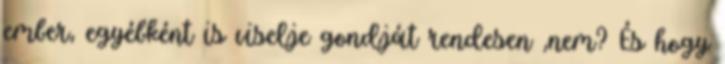
ember, egyébként is viselje gondját rendesen ,nem? És hogy